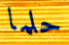
حلما